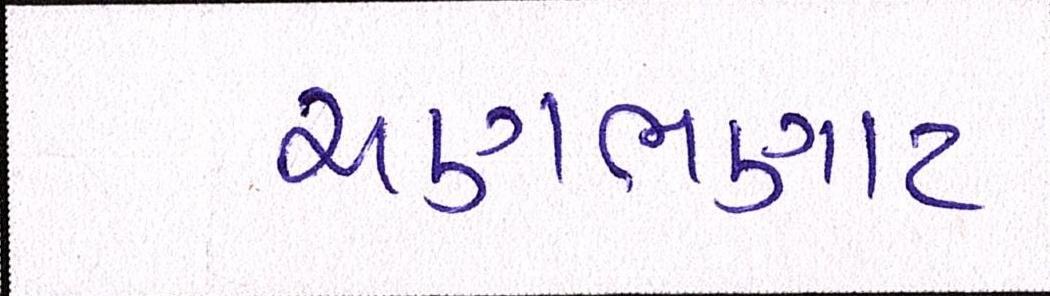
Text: ચણભણાટ